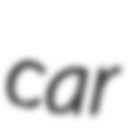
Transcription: car